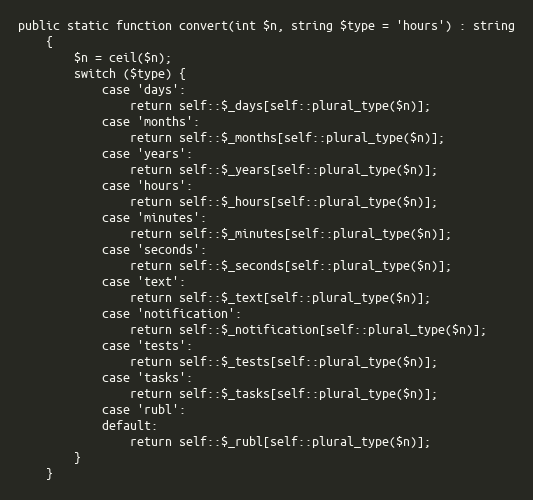
Language: PHP
public static function convert(int $n, string $type = 'hours') : string
    {
        $n = ceil($n);
        switch ($type) {
            case 'days':
                return self::$_days[self::plural_type($n)];
            case 'months':
                return self::$_months[self::plural_type($n)];
            case 'years':
                return self::$_years[self::plural_type($n)];
            case 'hours':
                return self::$_hours[self::plural_type($n)];
            case 'minutes':
                return self::$_minutes[self::plural_type($n)];
            case 'seconds':
                return self::$_seconds[self::plural_type($n)];
            case 'text':
                return self::$_text[self::plural_type($n)];
            case 'notification':
                return self::$_notification[self::plural_type($n)];
            case 'tests':
                return self::$_tests[self::plural_type($n)];
            case 'tasks':
                return self::$_tasks[self::plural_type($n)];
            case 'rubl':
            default:
                return self::$_rubl[self::plural_type($n)];
        }
    }